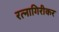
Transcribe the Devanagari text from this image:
रत्‍नागिरीकर